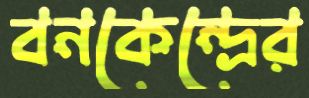
বনকেন্দ্রের